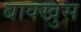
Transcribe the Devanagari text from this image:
बाक्खुस